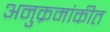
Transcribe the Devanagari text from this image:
अनुक्रमांकीत